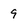
Character: 9